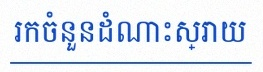
រកចំនួនដំណោះស្រាយ